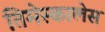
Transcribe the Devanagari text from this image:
तिमेस्कालेस